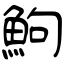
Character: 鮈